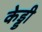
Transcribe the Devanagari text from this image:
केड्डी